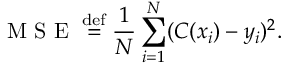
\mathrm { ~ M ~ S ~ E ~ } \stackrel { \mathrm { d e f } } { = } \frac 1 N \sum _ { i = 1 } ^ { N } ( { \cal C } ( x _ { i } ) - y _ { i } ) ^ { 2 } .